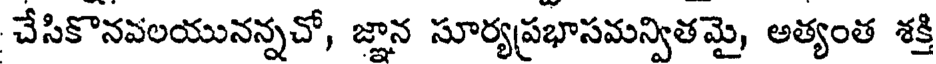
చేసికొనవలయునన్నచో, జ్ఞాన సూర్యప్రభాసమన్వితమై, అత్యంత శక్తి